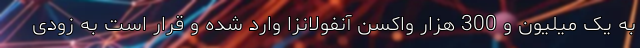
به یک میلیون و 300 هزار واکسن آنفولانزا وارد شده و قرار است به زودی